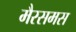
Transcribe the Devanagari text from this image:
मैरसमस